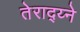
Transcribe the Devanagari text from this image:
तेराद्य्ने